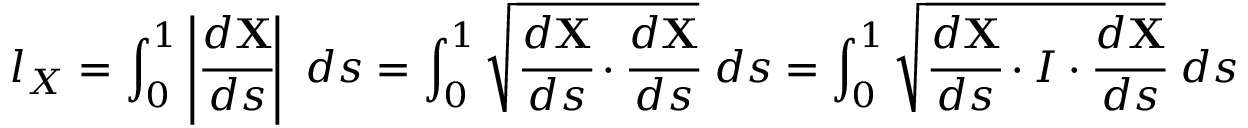
l _ { X } = \int _ { 0 } ^ { 1 } \left| { \cfrac { d \mathbf { X } } { d s } } \right| ~ d s = \int _ { 0 } ^ { 1 } { \sqrt { { \cfrac { d \mathbf { X } } { d s } } \cdot { \cfrac { d \mathbf { X } } { d s } } } } ~ d s = \int _ { 0 } ^ { 1 } { \sqrt { { \cfrac { d \mathbf { X } } { d s } } \cdot { \boldsymbol { I } } \cdot { \cfrac { d \mathbf { X } } { d s } } } } ~ d s